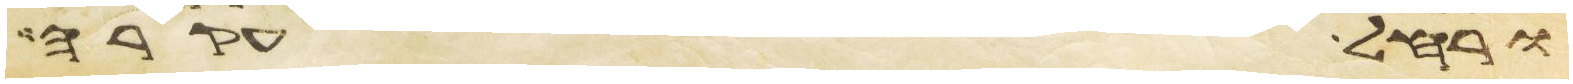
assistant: ורחל עקרה